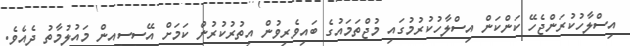
އިސްލާހުކުރަންޖެހޭ ކަންކަން އިސްލާހުކުރުމުގައި މުޖްތަމައުގެ ބައިވެރިވުން އިތުރުކުރުން ކަމަށް އޭސިސީއިން މައުލުމާތު ދެއެވެ.